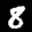
Label: 8